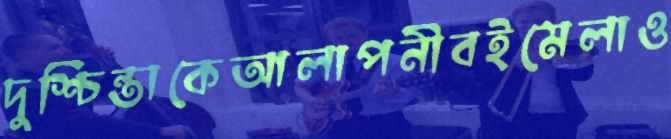
দুশ্চিন্তাকেআলাপনীবইমেলাও